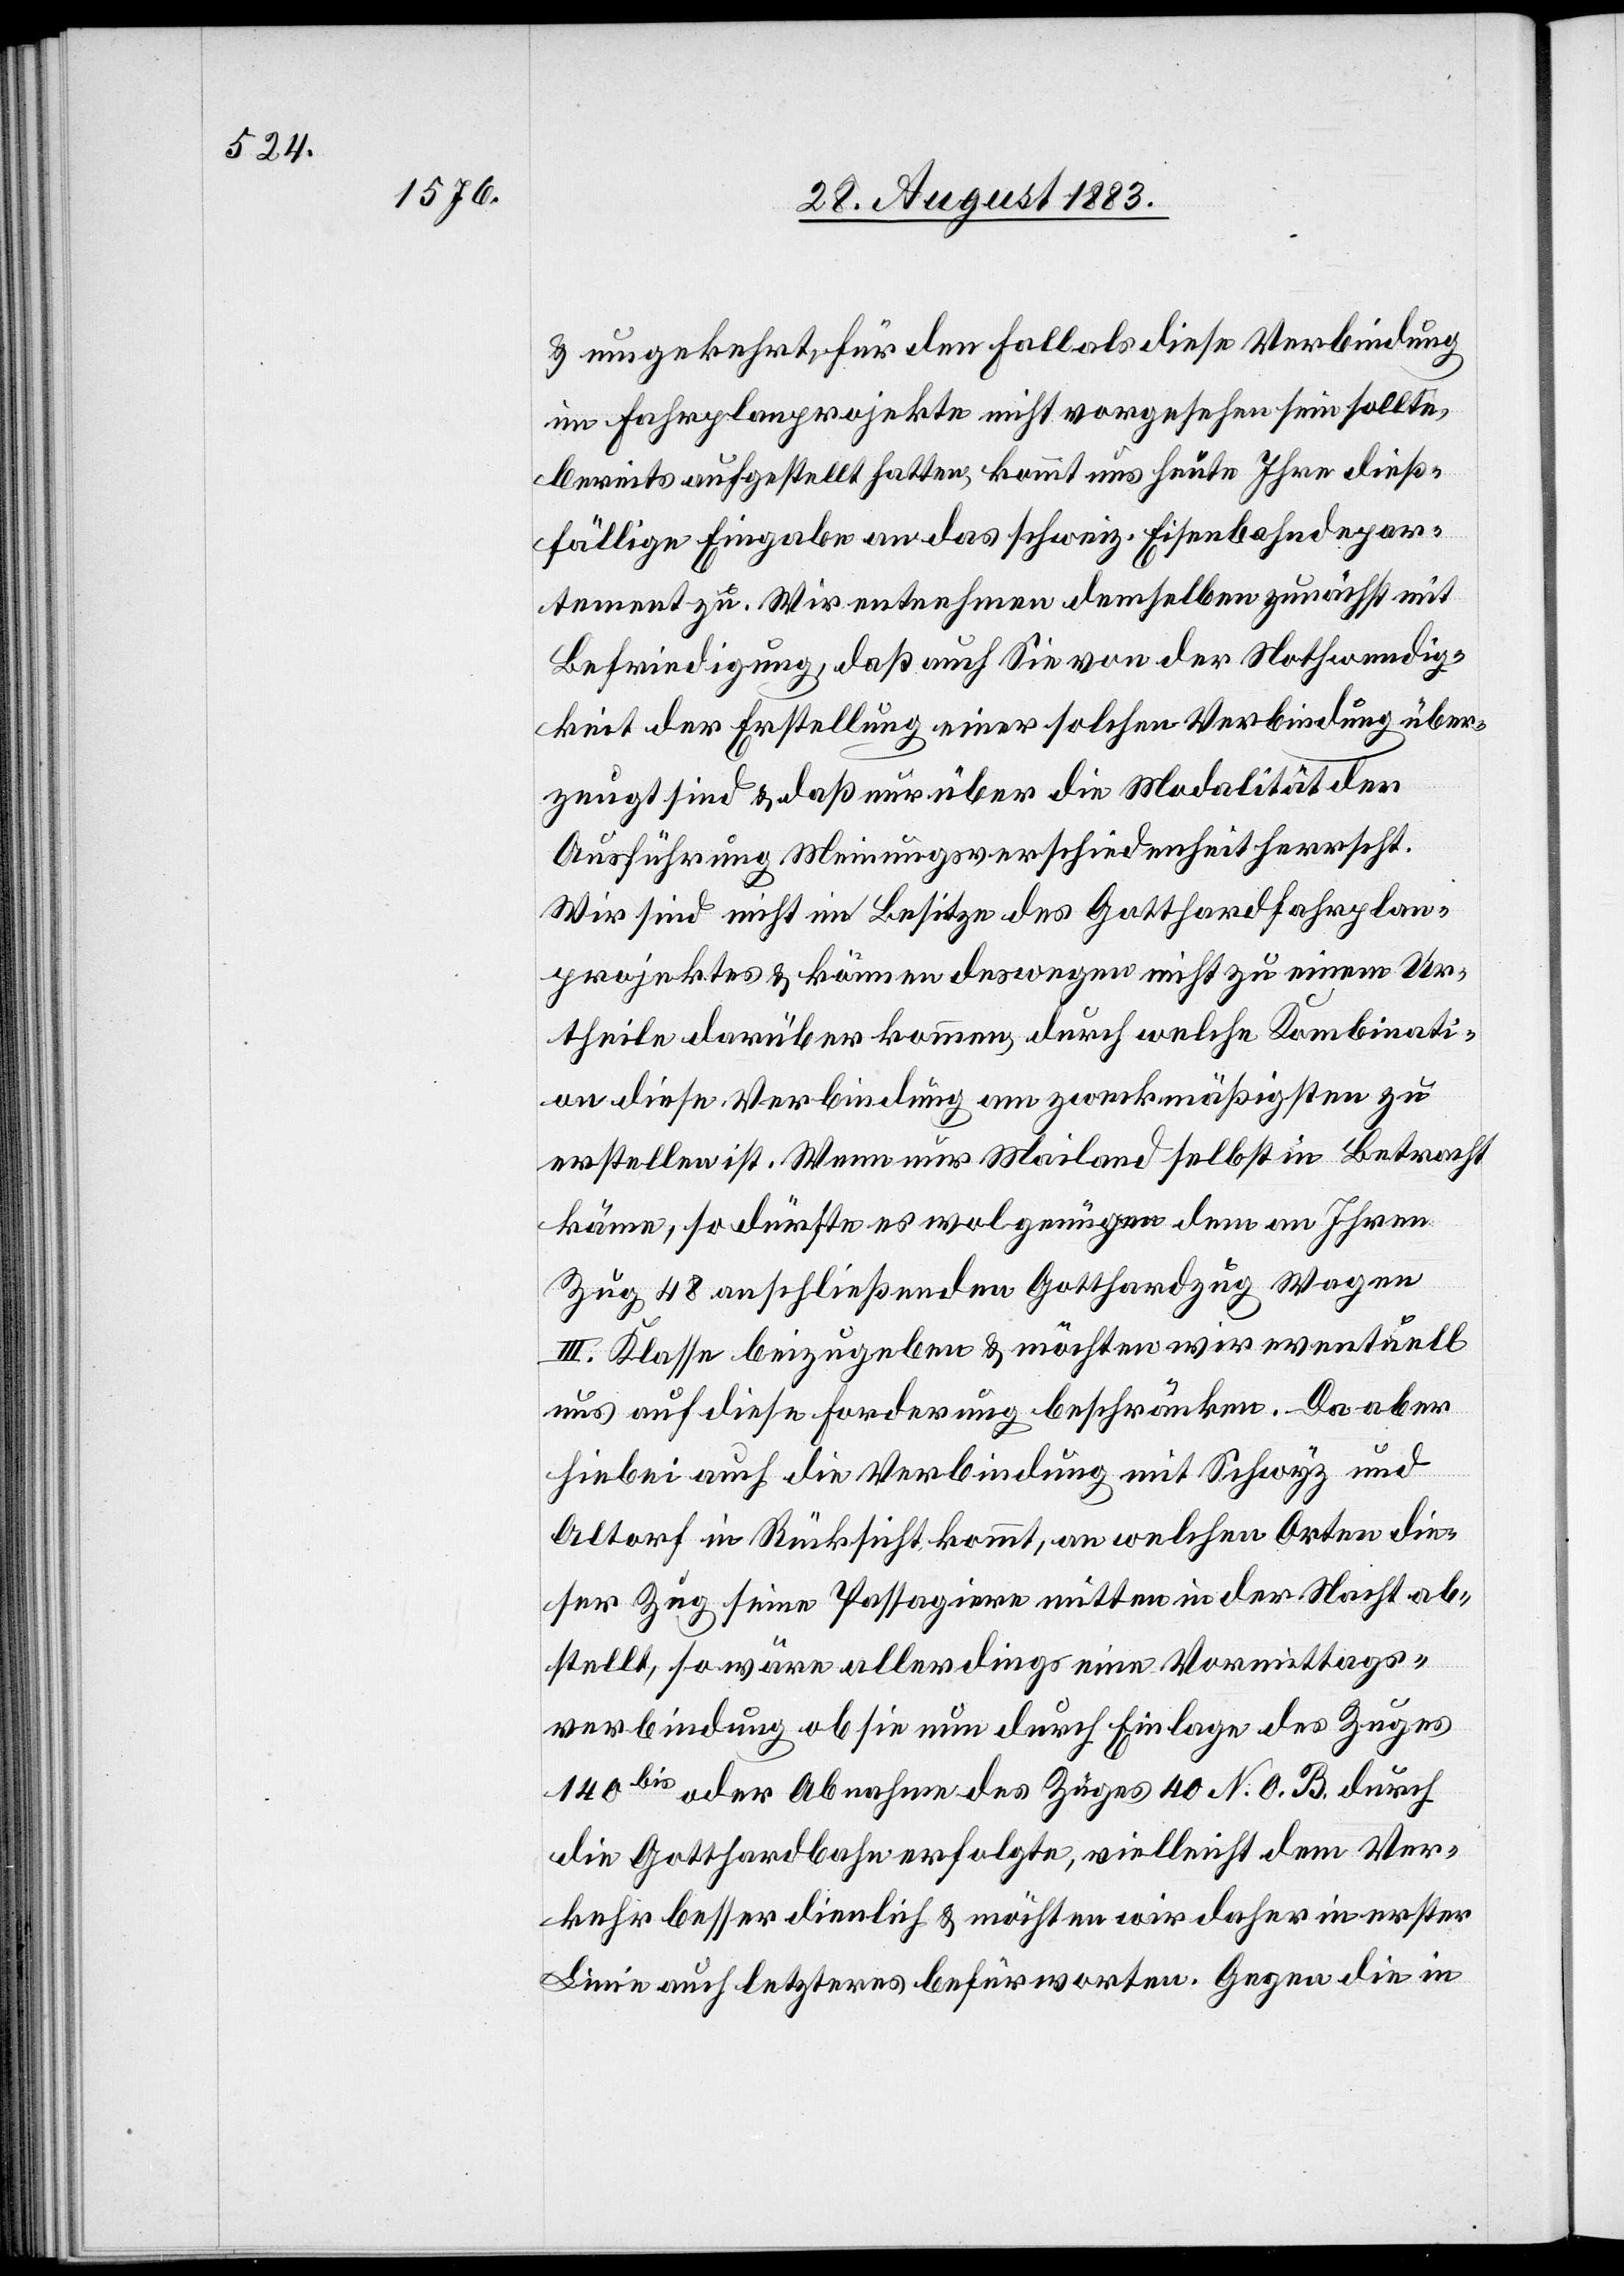
& umgekehrt, für den Fall als diese Verbindung
im Fahrplanprojekte nicht vorgesehen sein sollte,
bereits aufgestellt hatten, kommt uns heute Ihre dieß¬
fällige Eingabe an das schweiz. Eisenbahndepar¬
tement zu. Wir entnehmen demselben zunächst mit
Befriedigung, daß auch Sie von der Nothwendig¬
keit der Erstellung einer solchen Verbindung über¬
zeugt sind & daß nur über die Modalität der
Ausführung Meinungsverschiedenheit herrscht.
Wir sind nicht im Besitze des Gotthardfahrplan¬
projektes & können deswegen nicht zu einem Ur¬
theile darüber kommen, durch welche Kombinati¬
on diese Verbindung am zweckmäßigsten zu
erstellen ist. Wenn nur Mailand selbst in Betracht
käme, so dürfte es wol genügen dem an Ihren
Zug 48 anschließenden Gotthardzug Wagen
III. Klasse beizugeben & möchten wir eventuell
uns auf diese Forderung beschränken. Da aber
hiebei auch die Verbindung mit Schwyz und
Altorf in Rücksicht kommt, an welchen Orten die¬
ser Zug seine Passagiere mitten in der Nacht ab¬
stellt, so wäre allerdings eine Vormittags¬
verbindung ob sie nun durch Einlage des Zuges
140bis oder Abnahme des Zuges 40 N. O. B. durch
die Gotthardbahn erfolgte, vielleicht dem Ver¬
kehr besser dienlich & möchten wir daher in erster
Linie auch letzteres befürworten. Gegen die in